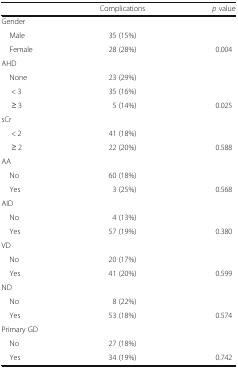
<table><thead><tr><td></td><td><b>Complications</b></td><td><b><i>p</i> value</b></td></tr></thead><tbody><tr><td colspan="3">Gender</td></tr><tr><td> Male</td><td>35 (15%)</td><td></td></tr><tr><td> Female</td><td>28 (28%)</td><td>0.004</td></tr><tr><td colspan="3">AHD</td></tr><tr><td> None</td><td>23 (29%)</td><td></td></tr><tr><td>&lt; 3</td><td>35 (16%)</td><td></td></tr><tr><td>≥ 3</td><td>5 (14%)</td><td>0.025</td></tr><tr><td colspan="3">sCr</td></tr><tr><td>&lt; 2</td><td>41 (18%)</td><td></td></tr><tr><td>≥ 2</td><td>22 (20%)</td><td>0.588</td></tr><tr><td colspan="3">AA</td></tr><tr><td> No</td><td>60 (18%)</td><td></td></tr><tr><td> Yes</td><td>3 (25%)</td><td>0.568</td></tr><tr><td colspan="3">AID</td></tr><tr><td> No</td><td>4 (13%)</td><td></td></tr><tr><td> Yes</td><td>57 (19%)</td><td>0.380</td></tr><tr><td colspan="3">VD</td></tr><tr><td> No</td><td>20 (17%)</td><td></td></tr><tr><td> Yes</td><td>41 (20%)</td><td>0.599</td></tr><tr><td colspan="3">ND</td></tr><tr><td> No</td><td>8 (22%)</td><td></td></tr><tr><td> Yes</td><td>53 (18%)</td><td>0.574</td></tr><tr><td colspan="3">Primary GD</td></tr><tr><td> No</td><td>27 (18%)</td><td></td></tr><tr><td> Yes</td><td>34 (19%)</td><td>0.742</td></tr></tbody></table>